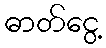
ဓာတ်ငွေ့